Annual report on the working of the mental hospitals in the Madras Presidency - 1912-1932
Year: 1912
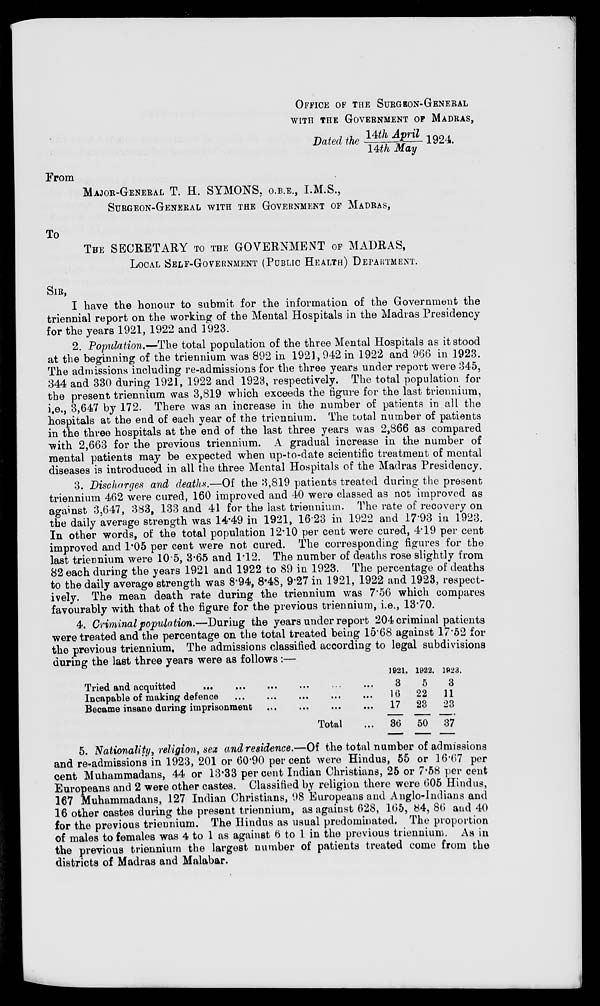
OFFICE OF THE SURGEON-GENERAL
WITH THE GOVERNMENT OF MADRAS,
Dated the 14th April/14th May 1924.
From
MAJOR-GENERAL T. H. SYMONS. O.B.E., I.M.S.,
SURGEON-GENERAL WITH THE GOVERNMENT OF MADRAS,
To
THE SECRETARY TO THE GOVERNMENT OF MADRAS,
LOCAL SELF-GOVERNMENT (PUBLIC HEALTH) DEPARTMENT.
SIR,
I have the honour to submit for the information of the Government the
triennial report on the working of the Mental Hospitals in the Madras Presidency
for the years 1921, 1922 and 1923.
2. Population.—The total population of the three Mental Hospitals as it stood
at the beginning of the triennium was 892 in 1921, 942 in 1922 and 966 in 1923.
The admissions including re-admissions for the three years under report were 345,
344 and 330 during 1921, 1922 and 1923, respectively. The total population for
the present triennium was 3,819 which exceeds the figure for the last triennium,
i.e., 3,647 by 172. There was an increase in the number of patients in all the
hospitals at the end of each year of the triennium. The total number of patients
in the three hospitals at the end of the last three years was 2,866 as compared
with 2,663 for the previous triennium. A gradual increase in the number of
mental patients may be expected when up-to-date scientific treatment of mental
diseases is introduced in all the three Mental Hospitals of the Madras Presidency.
3. Discharges and deaths.—Of the 3,819 patients treated during the present
triennium 462 were cured, 160 improved and 40 were classed as not improved as
against 3,647, 383, 133 and 41 for the last triennium. The rate of recovery on
the daily average strength was 14.49 in 1921, 16.23 in 1922 and 17.93 in 1923.
In other words, of the total population 12.10 per cent were cured, 4.19 per cent
improved and 1.05 per cent were not cured. The corresponding figures for the
last triennium were 10.5, 3.65 and 1.12. The number of deaths rose slightly from
82 each during the years 1921 and 1922 to 89 in 1923. The percentage of deaths
to the daily average strength was 8.94, 8.48, 9.27 in 1921, 1922 and 1923, respect-
ively. The mean death rate during the triennium was 7.56 which compares
favourably with that of the figure for the previous triennium, i.e., 13.70.
4. Criminal population.—During the years under report 204 criminal patients
were treated and the percentage on the total treated being 15.68 against 17.52 for
the previous triennium. The admissions classified according to legal subdivisions
during the last three years were as follows :—
Tried and acquitted ... ... ... ... ... ...
Incapable of making defence
...
... ... ... ...
Became insane during imprisonment
...
...
...
...
Total ...
1921.
3
16
17
36
1922.
5
22
23
50
1923.
3
11
23
37
5. Nationality, religion, sex and residence.—Of the total number of admissions
and re-admissions in 1923, 201 or 60.90 per cent were Hindus, 55 or 16.67 per
cent Muhammadans, 44 or 13.33 per cent Indian Christians, 25 or 7.58 per cent
Europeans and 2 were other castes. Classified by religion there were 605 Hindus,
167 Muhammadans, 127 Indian Christians, 98 Europeans and Anglo-Indians and
16 other castes during the present triennium, as against 628, 165, 84, 86 and 40
for the previous triennium. The Hindus as usual predominated. The proportion
of males to females was 4 to 1 as against 6 to 1 in the previous triennium. As in
the previous triennium the largest number of patients treated come from the
districts of Madras and Malabar.